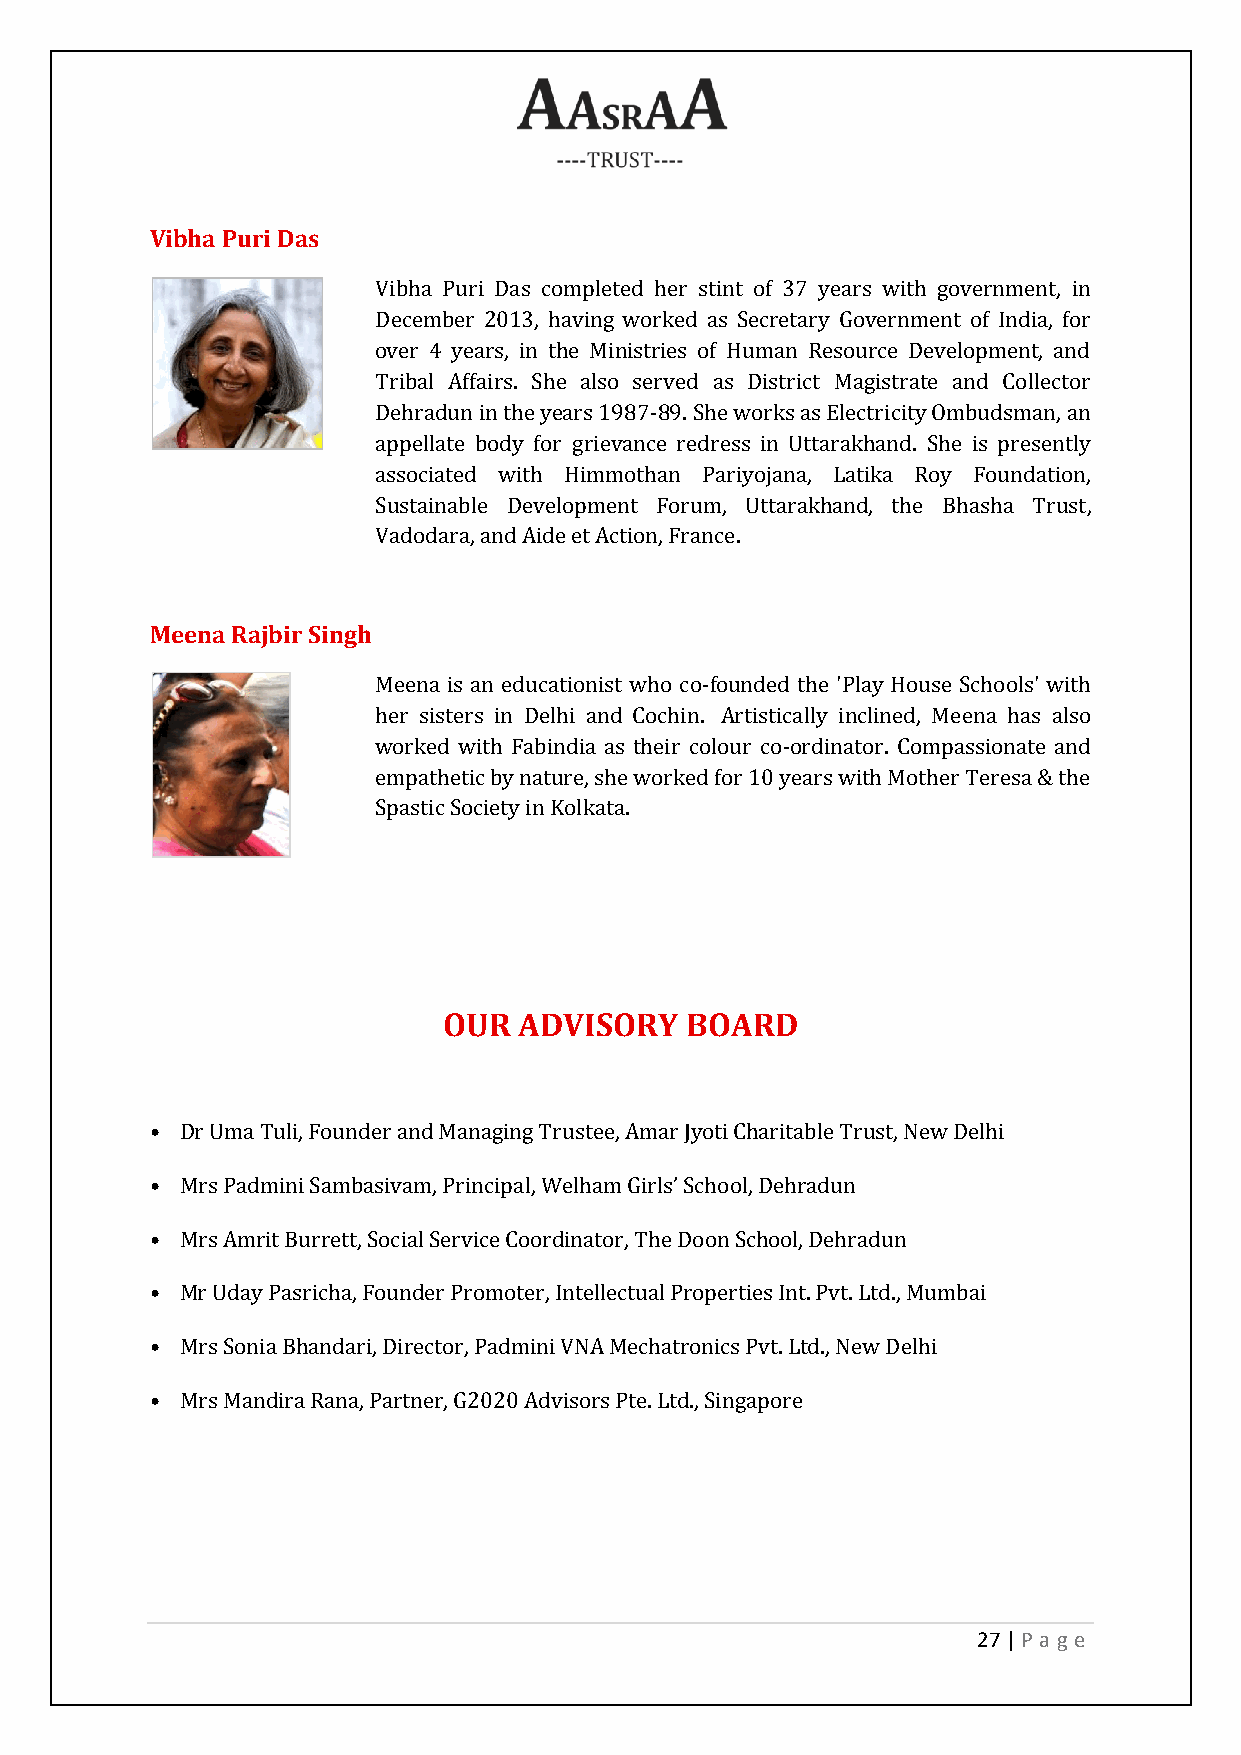
Vibha Puri Das
 Vibha Puri Das completed her stint of 37 years with government, in
 December 2013, having worked as Secretary Government of India, for
 over 4 years, in the Ministries of Human Resource Development, and
 Tribal Affairs. She also served as District Magistrate and Collector
 Dehradun in the years 1987-89. She works as Electricity Ombudsman, an
 appellate body for grievance redress in Uttarakhand. She is presently
 associated with Himmothan Pariyojana, Latika Roy Foundation,
 Sustainable Development Forum, Uttarakhand, the Bhasha Trust,
 Vadodara, and Aide et Action, France.
 Meena Rajbir Singh
 Meena is an educationist who co-founded the 'Play House Schools' with
 her sisters in Delhi and Cochin. Artistically inclined, Meena has also
 worked with Fabindia as their colour co-ordinator. Compassionate and
 empathetic by nature, she worked for 10 years with Mother Teresa & the
 Spastic Society in Kolkata.
 OUR  ADVISORY   BOARD
 • Dr Uma Tuli, Founder and Managing Trustee, Amar Jyoti Charitable Trust, New Delhi
 • Mrs Padmini Sambasivam, Principal, Welham Girls’ School, Dehradun
 • Mrs Amrit Burrett, Social Service Coordinator, The Doon School, Dehradun
 • Mr Uday Pasricha, Founder Promoter, Intellectual Properties Int. Pvt. Ltd., Mumbai
 • Mrs Sonia Bhandari, Director, Padmini VNA Mechatronics Pvt. Ltd., New Delhi
 • Mrs Mandira Rana, Partner, G2020 Advisors Pte. Ltd., Singapore
 27 | P age